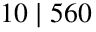
1 0 \mid 5 6 0